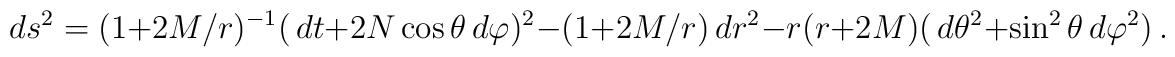
ds^2 = (1+2M/r)^{-1}(\,dt+2N\cos\theta\,d\varphi)^2-(1+2M/r)\,dr^2 -r(r+2M)(\,d\theta^2+\sin^2\theta\,d\varphi^2)\,.